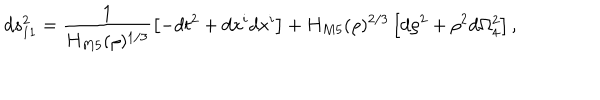
d s _ { 1 1 } ^ { 2 } = \frac { 1 } { H _ { M 5 } ( \rho ) ^ { 1 / 3 } } \left[ - d t ^ { 2 } + d x ^ { i } d x ^ { i } \right] + H _ { M 5 } ( \rho ) ^ { 2 / 3 } \left[ d \rho ^ { 2 } + \rho ^ { 2 } d \Omega _ { 4 } ^ { 2 } \right] ,